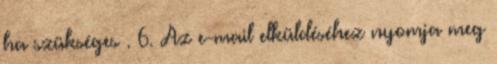
ha szükséges . 6. Az e-mail elküldéséhez nyomja meg